Annual administration report of the Bombay Presidency - 1887-1892
Year: 1887
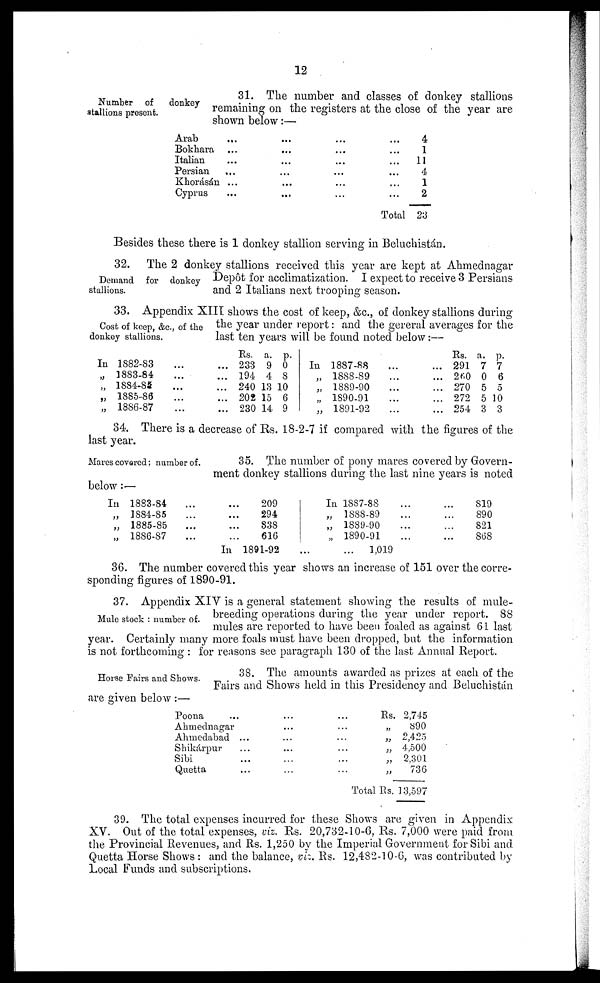
12
Number of
donkey
stallions present.
31. The number and classes of donkey stallions
remaining on the registers at the close of the year are
shown below:—
Arab ... ... ... ...
Bokhara ... ... ... ...
Italian ... ... ... ...
Persian ... ... ... ...
Khorásán ... ... ... ...
Cyprus ... ... ... ...
Total.
4
1
11
4
1
2
23
Besides these there is 1 donkey stallion serving in Beluchisán.
Demand for donkey
stallions.
32. The 2 donkey stallions received this year are kept at Ahmednagar
Depôt for acclimatization. I expect to receive 3 Persians
and 2 Italians next trooping season.
Cost of keep, &c., of the
donkey stallions.
33. Appendix XIII shows the cost of keep, &c., of donkey stallions during
the year under report: and the gereral averages for the
last ten years will be found noted below:—
In
„
„
„
„
1882-83 ... ...
1883-84 ... ...
1884-88 ... ...
1885-86 ... ...
1886-87 ... ...
Rs.
233
194
240
202
230
a.
9
4
13
15
14
p.
0
8
10
6
9
In
„
„
„
„
1887-88 ... ...
1888-89 ... ...
1889-90 ... ...
1890-91 ... ...
1891-92 ... ...
Rs.
291
260
270
272
254
a.
7
0
5
5
3
p.
7
6
5
10
3
34. There is a decrease of Rs. 18-2-7 if compared with the figures of the
last year.
Mares covered; number of.
35. The number of pony mares covered by Govern-
ment donkey stallions during the last nine years is noted
below:—
In 1883-84 ... ...
„ 1884-85 ... ...
„ 1885-85 ... ...
„ 1886-87 ... ...
In ...
209
294
838
616
1891-92
In 1887-88 ... ...
„ 1888-89 ... ...
„ 1889-90 ... ...
„ 1890-91 ... ...
...
1,019
819
890
821
868
36. The number covered this year shows an increase of 151 over the corre-
sponding figures of 1890-91.
Mule stock: number of.
37. Appendix XIV is a general statement showing the results of mule-
breeding operations during the year under report. 88
mules are reported to have been foaled as against 61 last
year. Certainly many more foals must have been dropped, but the information
is not forthcoming: for reasons see paragraph 130 of the last Annual Report.
Horse Fairs and Shows.
38. The amounts awarded as prizes at each of the
Fairs and Shows held in this Presidency and Beluchistán
are given below:—
Poona ...
Ahmednagar
Ahmedabad ...
Shikárpur ...
Sibi ...
Quetta ...
...
...
...
...
...
...
...
...
...
...
...
...
Rs. 2,745
„890
„ 2,425
„ 4,500
„ 2,301
„
736
Total Rs. 13,597
39. The total expenses incurred for these Shows are given in Appendix
XV. Out of the total expenses, viz. Rs. 20,732-10-6, Rs. 7,000 were paid from
the Provincial Revenues, and Rs. 1,250 by the Imperial Government for Sibi and
Quetta Horse Shows: and the balance, viz. Rs. 12,482-10-6, was contributed by
Local Funds and subscriptions.